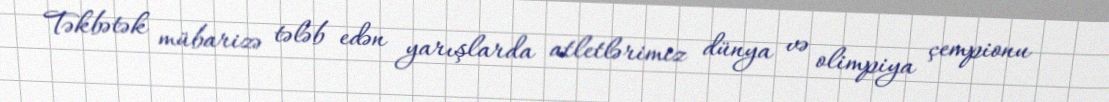
Təkbətək mübarizə tələb edən yarışlarda atletlərimiz dünya və olimpiya çempionu